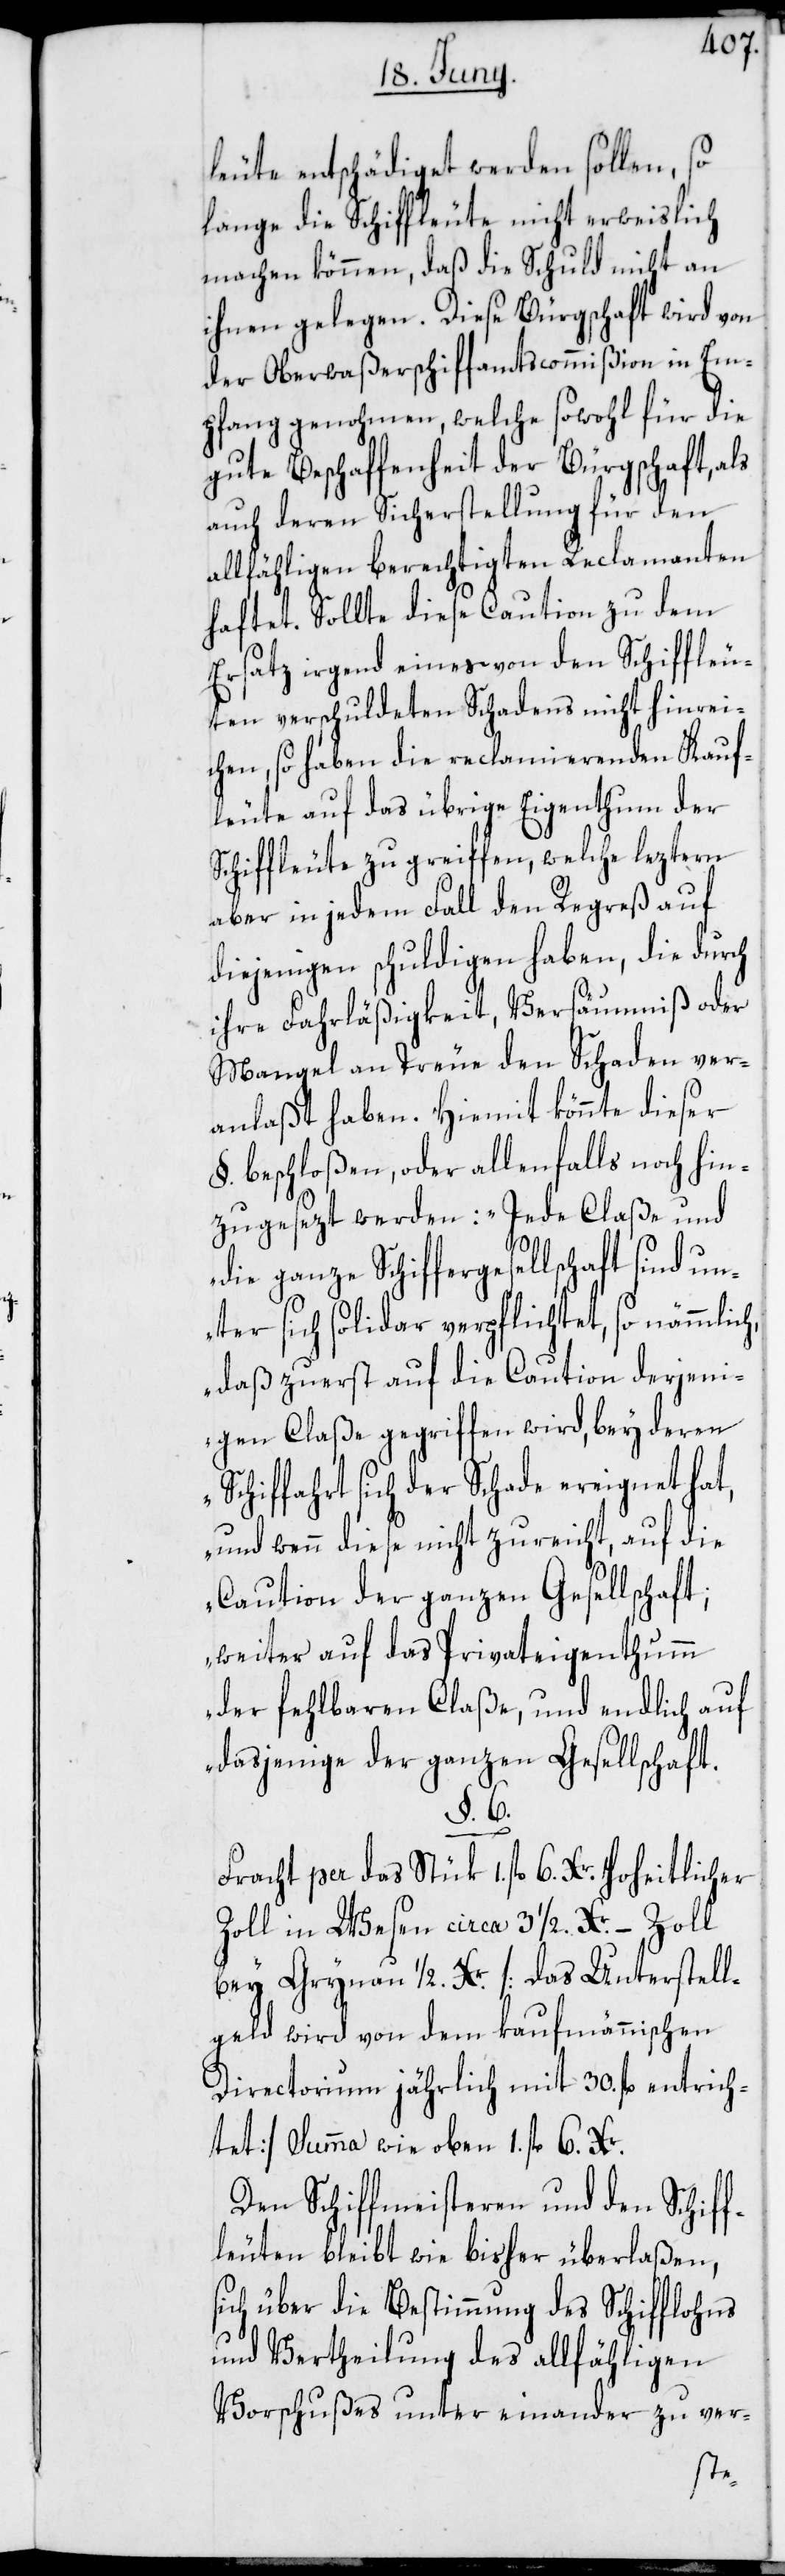
leute entschädiget werden sollen, so
lange die Schiffleute nicht erweislich
machen können, daß die Schuld nicht an
ihnen gelegen. Diese Bürgschaft wird von
der Oberwaßerschiffamtscommißion in Em¬
pfang genohmen, welche sowohl für die
gute Beschaffenheit der Bürgschaft, als
auch deren Sicherstellung für den
allfähligen berechtigten Reclamanten
haftet. Sollte diese Caution zu dem
Ersatz irgend eines von den Schiffleu¬
ten verschuldeten Schadens nicht hinrei¬
chen, so haben die reclamierenden Kauf¬
leute auf das übrige Eigenthum der
Schiffleute zu greiffen, welche leztern
aber in jedem Fall den Regreß auf
diejenigen schuldigen haben, die durch
ihre Fahrläßigkeit, Versäumniß oder
Mangel an Treue den Schaden ver¬
anlaßt haben. Hiemit könnte dieser
§. beschloßen, oder allenfalls noch hin¬
zugesezt werden: „Jede Claße und
ganze Schiffergesellschaft sind u¬
nter sich solidar verpflichtet, so nämmlich,
daß zuerst auf die Caution derjeni¬
gen Claße gegriffen wird, bey deren
Schiffahrt sich der Schade ereignet hat,
und wenn diese nicht zureicht, auf die
Caution der ganzen Gesellschaft;
weiter auf das Privateigenthumm
der fehlbaren Claße, und endlich auf
dasjenige der ganzen Gesellschaft.“
§. 6.
Fracht per das Stük 1. fl 6. Xr. Hoheitlicher
Zoll in Wesen circa 3 1/2. Xr. – Zoll
bey Grynau 1/2. Xr. [das Unterstell¬
geld wird von dem kaufmännischen
Directorium jährlich mit 30. fl entrich¬
tet], Summa wie oben 1 fl 6 Xr.
Den Schiffmeisteren und den Schiff¬
leuten bleibt wie bisher überlaßen,
sich über die Bestimmung des Schifflohns
und Vertheilung des allfähligen
Vorschußes unter einander zu ver-